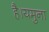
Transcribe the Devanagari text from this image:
है।यमुना